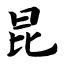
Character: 昆